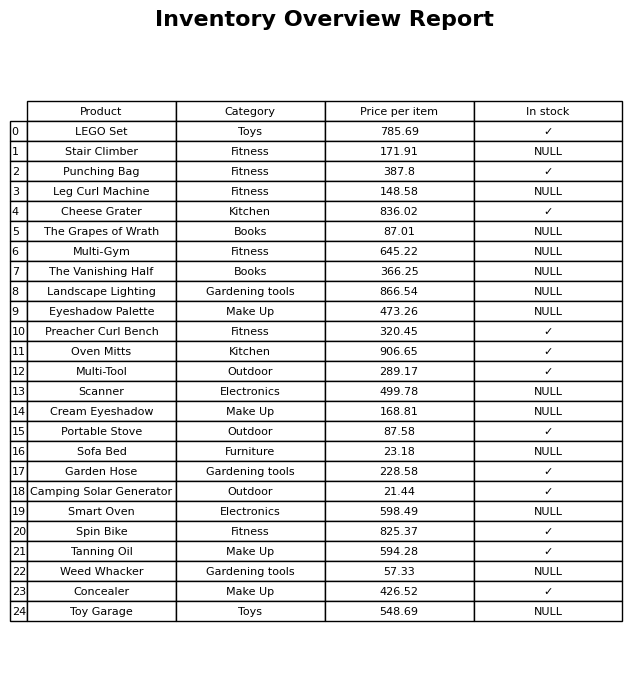
question: What category does the Landscape Lighting belong to?
answer: Gardening tools